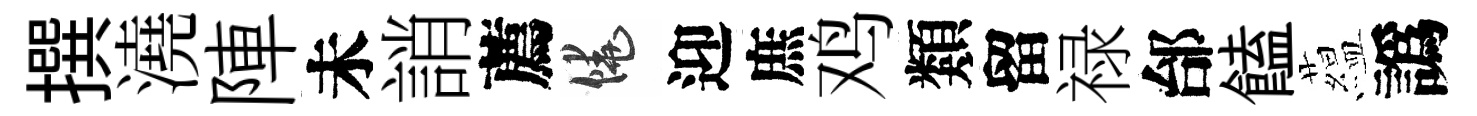
撰澆陣未誚薦饒迎庶鸡類留禄邰饁藴譌